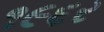
૧૯૬ર